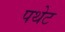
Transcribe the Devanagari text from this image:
पथेट